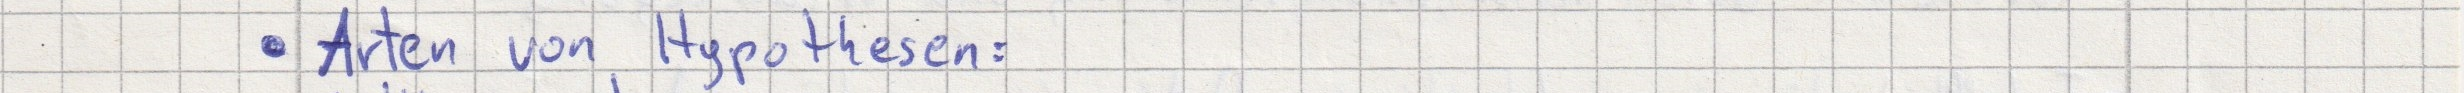
- Arten von Hypothesen: